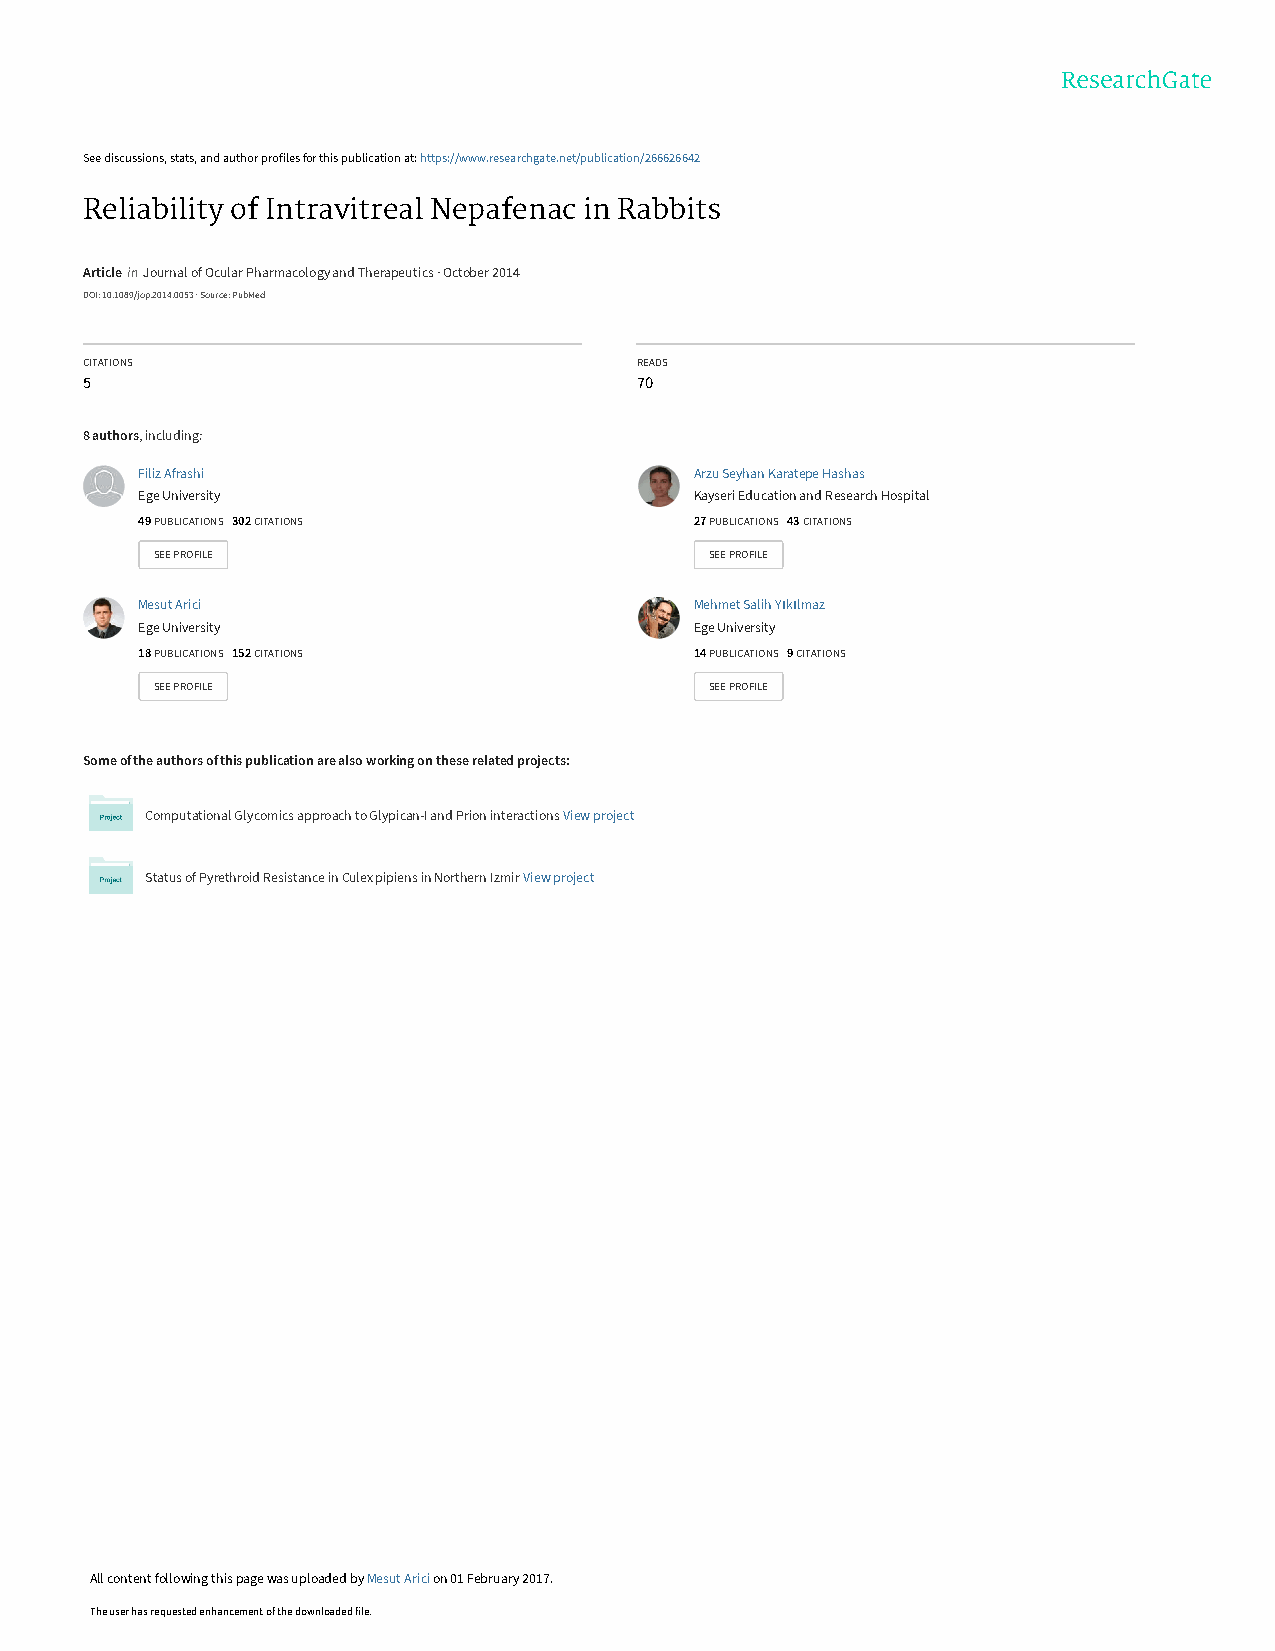
See discussions, stats, and author profiles for this publication at: https://www.researchgate.net/publication/266626642
 Reliability of Intravitreal Nepafenac in Rabbits
 Article in Journal of Ocular Pharmacology and Therapeutics · October 2014
 DOI: 10.1089/jop.2014.0053 · Source: PubMed
 CITATIONS                            READS
 5                                    70
 8 authors, including:
 Filiz Afrashi                        Arzu Seyhan Karatepe Hashas
 Ege University                       Kayseri Education and Research Hospital
 49 PUBLICATIONS 302 CITATIONS        27 PUBLICATIONS 43 CITATIONS
 SEE PROFILE                          SEE PROFILE
 Mesut Arici                          Mehmet Salih Yıkılmaz
 Ege University                       Ege University
 18 PUBLICATIONS 152 CITATIONS        14 PUBLICATIONS 9 CITATIONS
 SEE PROFILE                          SEE PROFILE
 Some of the authors of this publication are also working on these related projects:
 Computational Glycomics approach to Glypican-I and Prion interactions View project
 Status of Pyrethroid Resistance in Culex pipiens in Northern Izmir View project
 All content following this page was uploaded by Mesut Arici on 01 February 2017.
 The user has requested enhancement of the downloaded file.